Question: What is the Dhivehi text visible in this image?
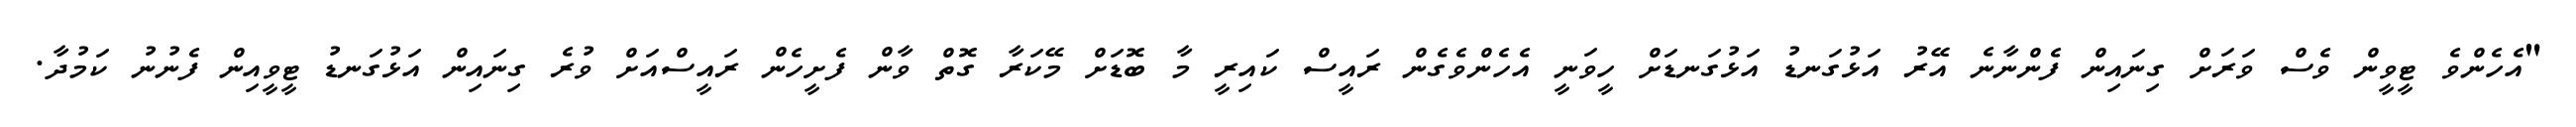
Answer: "އެހެންވެ ޓީވީން ވެސް ވަރަށް ގިނައިން ފެންނާނެ އޭރު އަޅުގަނޑު އަޅުގަނޑަށް ހީވަނީ އެހެންވެގެން ރައީސް ކައިރީ މާ ބޮޑަށް މޭކަރާ ގޮތް ވާން ފެށީހެން ރައީސްއަށް ވުރެ ގިނައިން އަޅުގަނޑު ޓީވީއިން ފެނުނު ކަމުދާ.